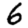
Digit: 6